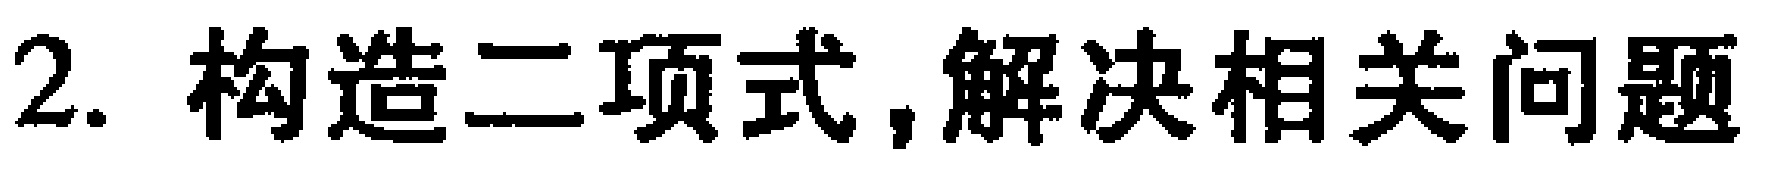
2. 构造二项式,解决相关问题